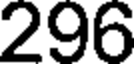
296